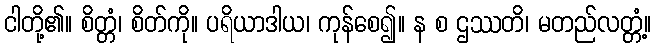
ငါတို့၏။ စိတ္တံ၊ စိတ်ကို။ ပရိယာဒါယ၊ ကုန်စေ၍။ န စ ဌဿတိ၊ မတည်လတ္တံ့။